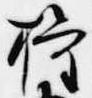
権